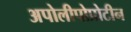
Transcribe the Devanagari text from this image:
अपोलीपोप्रोटीन